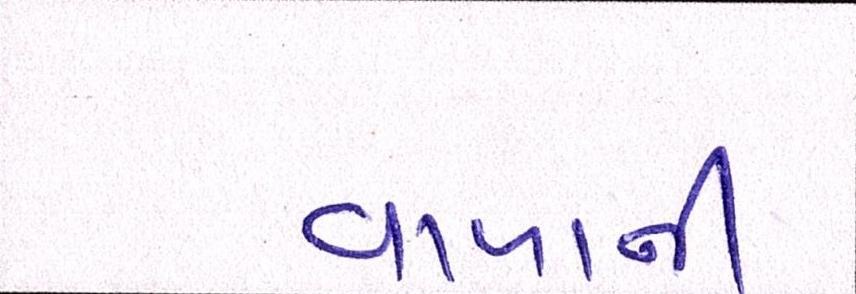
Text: વાળાની